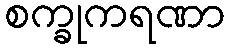
စက္ခုကရဏာ